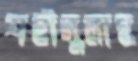
শহীদুলাহ